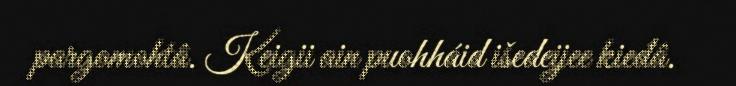
pargomohtâ. Keigii ain puohháid išedeijee kieđâ.